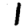
Digit: 1